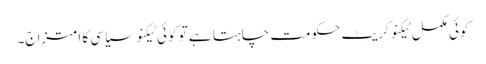
کوئی مکمل ٹیکنوکریٹ حکومت چاہتا ہے تو کوئی ٹیکنو سیاسی کا امتزاج۔